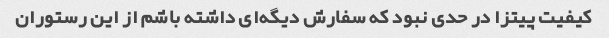
کیفیت پیتزا در حدی نبود که سفارش دیگه‌ای داشته باشم از این رستوران